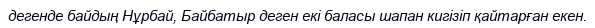
дегенде байдың Нұрбай, Байбатыр деген екі баласы шапан кигізіп қайтарған екен.